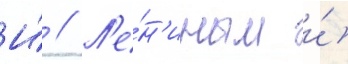
И́ // Л'е́н'иным и́